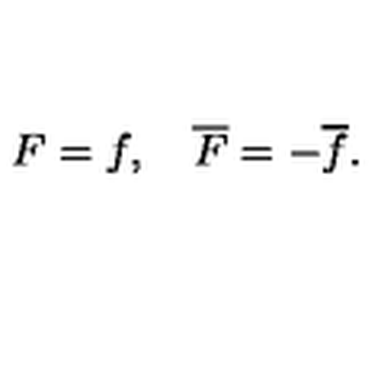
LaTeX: F = f , \quad \overline { F } = - \overline { f } .